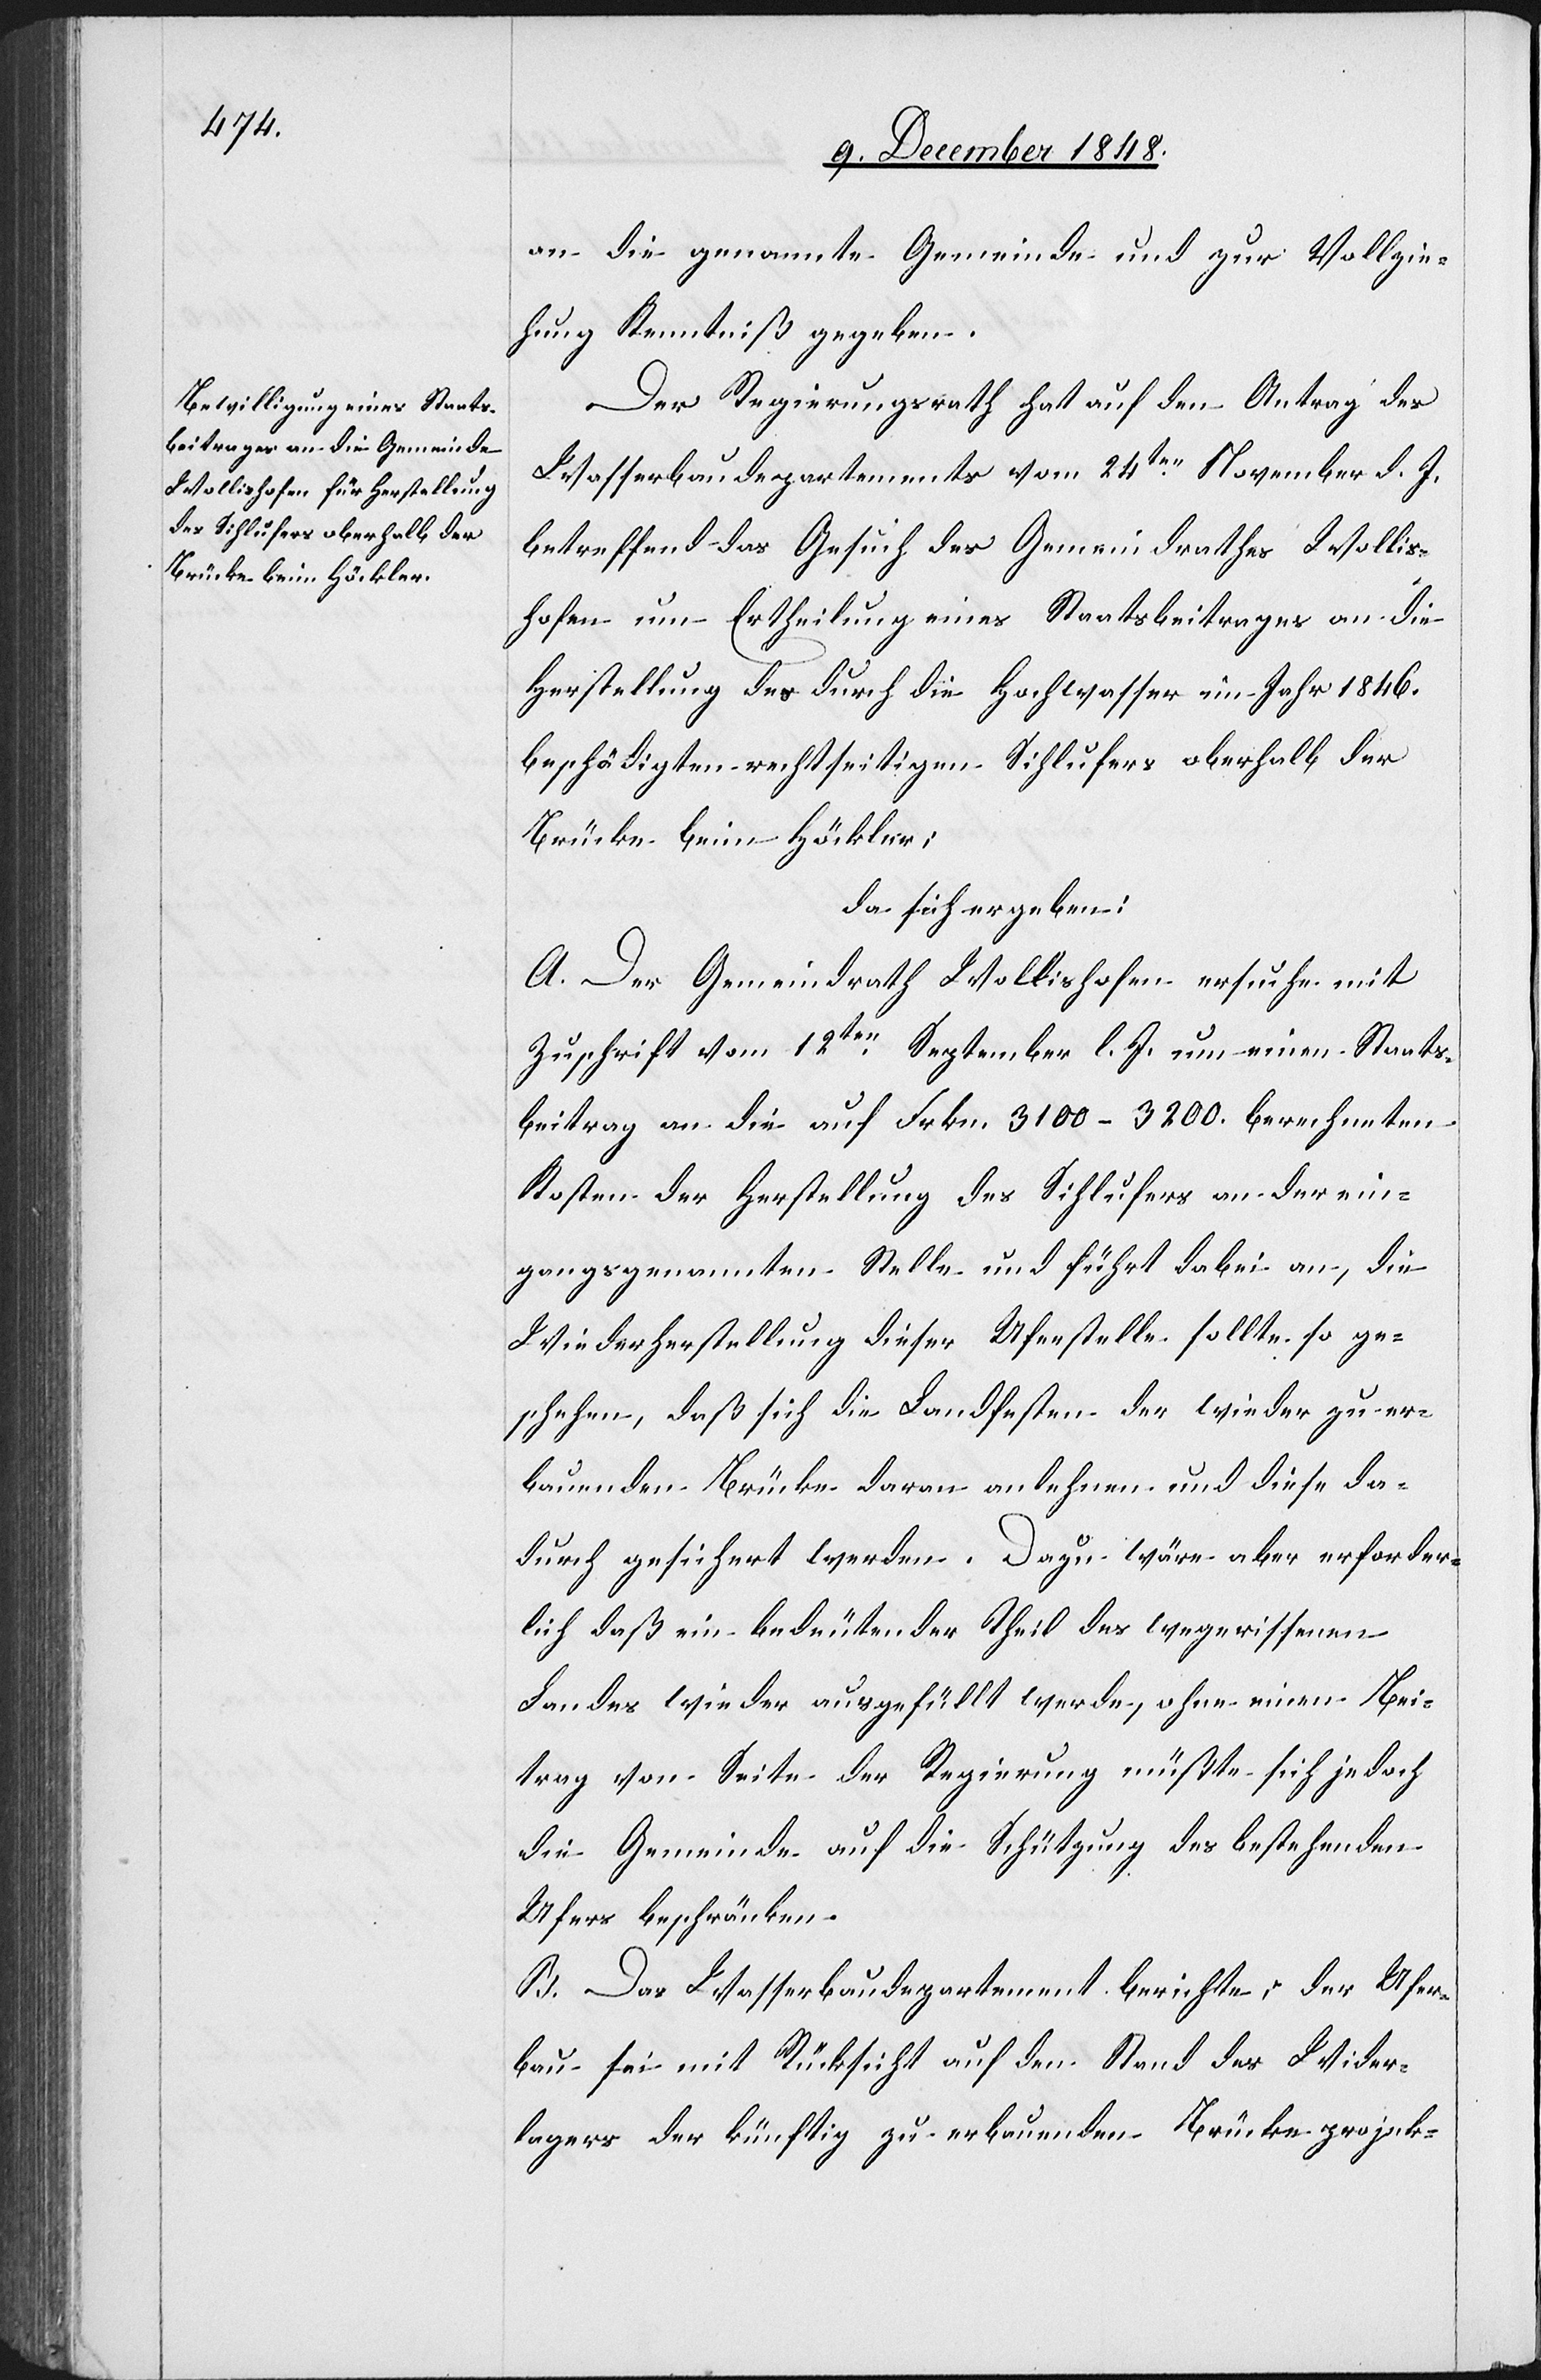
an die genannte Gemeinde und zur Vollzie¬
hung Kenntniß gegeben.
Der Regierungsrath hat auf den Antrag des
Wasserbaudepartements vom 24ten November d. J.
betreffend das Gesuch des Gemeindrathes Wollis¬
hofen um Ertheilung eines Staatsbeitrages an die
Herstellung des durch die Hochwasser im Jahr 1846.
beschädigten rechtseitigen Sihlufers oberhalb der
Brücke beim Höckler;
da sich ergeben:
A. Der Gemeindrath Wollishofen ersuche mit
Zuschrift vom 12ten September l. J. um einen Staats¬
beitrag an die auf Frkn. 3100–3200. berechneten
Kosten der Herstellung des Sihlufers an der ein¬
gangsgenannten Stelle und führt dabei an, die
Wiederherstellung dieser Uferstelle sollte so ge¬
schehen, daß sich die Landfesten der wieder zu er¬
bauenden Brücke daran anlehnen und diese da¬
durch gesichert werden. Dazu wäre aber erforder¬
lich daß ein bedeutender Theil des wegerissenen
Landes wieder ausgefüllt werde, ohne einen Bei¬
trag von Seite der Regierung müßte sich jedoch
die Gemeinde auf die Schützung des bestehenden
Ufers beschränken.
B. Das Wasserbaudepartement berichtet: Der Ufer¬
bau sei mit Rücksicht auf den Stand des Wider¬
lagers der künftig zu erbauenden Brücke projek-